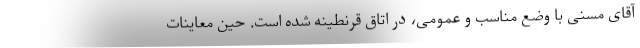
آقای مسنی با وضع مناسب و عمومی، در اتاق قرنطینه شده ‌است. حین معاینات